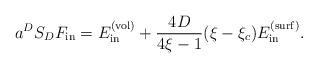
LaTeX: \begin{align*}a^{D}S_DF_{{\rm in}}=E_{{\rm in}}^{{\rm (vol)}}+\frac{4D}{4\xi-1} (\xi -\xi _c)E_{{\rm in}}^{{\rm (surf)}} . \end{align*}